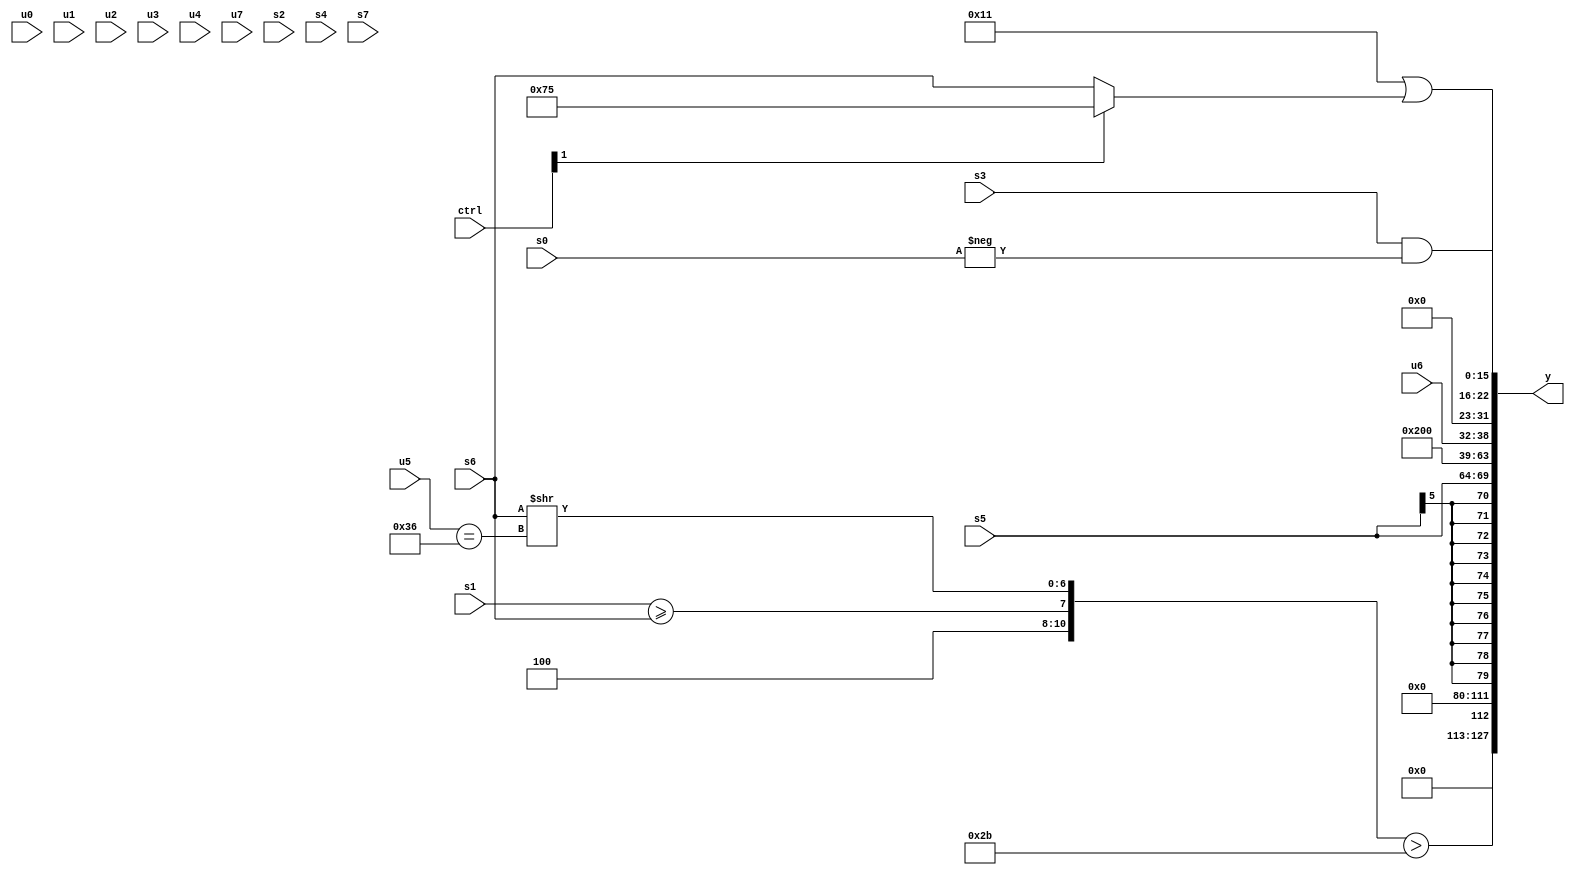
module wideexpr_00994(ctrl, u0, u1, u2, u3, u4, u5, u6, u7, s0, s1, s2, s3, s4, s5, s6, s7, y);
  input [7:0] ctrl;
  input [0:0] u0;
  input [1:0] u1;
  input [2:0] u2;
  input [3:0] u3;
  input [4:0] u4;
  input [5:0] u5;
  input [6:0] u6;
  input [7:0] u7;
  input signed [0:0] s0;
  input signed [1:0] s1;
  input signed [2:0] s2;
  input signed [3:0] s3;
  input signed [4:0] s4;
  input signed [5:0] s5;
  input signed [6:0] s6;
  input signed [7:0] s7;
  output [127:0] y;
  wire [15:0] y0;
  wire [15:0] y1;
  wire [15:0] y2;
  wire [15:0] y3;
  wire [15:0] y4;
  wire [15:0] y5;
  wire [15:0] y6;
  wire [15:0] y7;
  assign y = {y0,y1,y2,y3,y4,y5,y6,y7};
  assign y0 = ({3'b100,(s1)>=(s6),(s6)>>((u5)==($unsigned({2{3'sb110}})))})>(6'b101011);
  assign y1 = ((ctrl[0]?$signed(u4):(ctrl[5]?s5:(2'sb11)>>>((s5)&(4'sb1101)))))<<(6'b010010);
  assign y2 = (5'b11111)==(&(6'b110001));
  assign y3 = s5;
  assign y4 = $signed(5'sb00001);
  assign y5 = u6;
  assign y6 = $unsigned(+((+(-($signed(6'sb101111))))|($signed($signed((ctrl[1]?5'sb10101:s6))))));
  assign y7 = (+({1{s3}}))&(+(-({1{s0}})));
endmodule